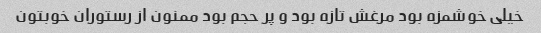
خیلی خوشمزه بود مرغش تازه بود و پر حجم بود ممنون از رستوران خوبتون